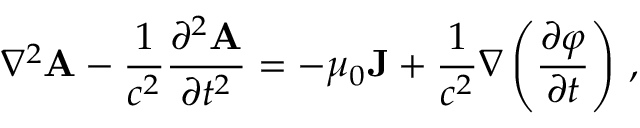
\nabla ^ { 2 } \mathbf { A } - { \frac { 1 } { c ^ { 2 } } } { \frac { \partial ^ { 2 } \mathbf { A } } { \partial t ^ { 2 } } } = - \mu _ { 0 } \mathbf { J } + { \frac { 1 } { c ^ { 2 } } } \nabla \left( { \frac { \partial \varphi } { \partial t } } \right) \, ,